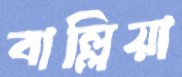
বাল্লিয়া